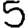
Digit: 5